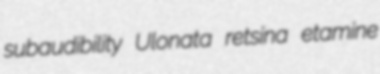
subaudibility Ulonata retsina etamine